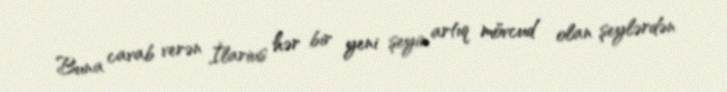
Buna cavab verən İlarius hər bir yeni şeyin artıq mövcud olan şeylərdən